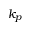
k _ { p }